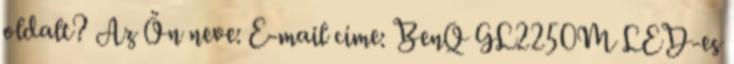
oldalt? Az Ön neve: E-mail címe: BenQ GL2250M LED-es